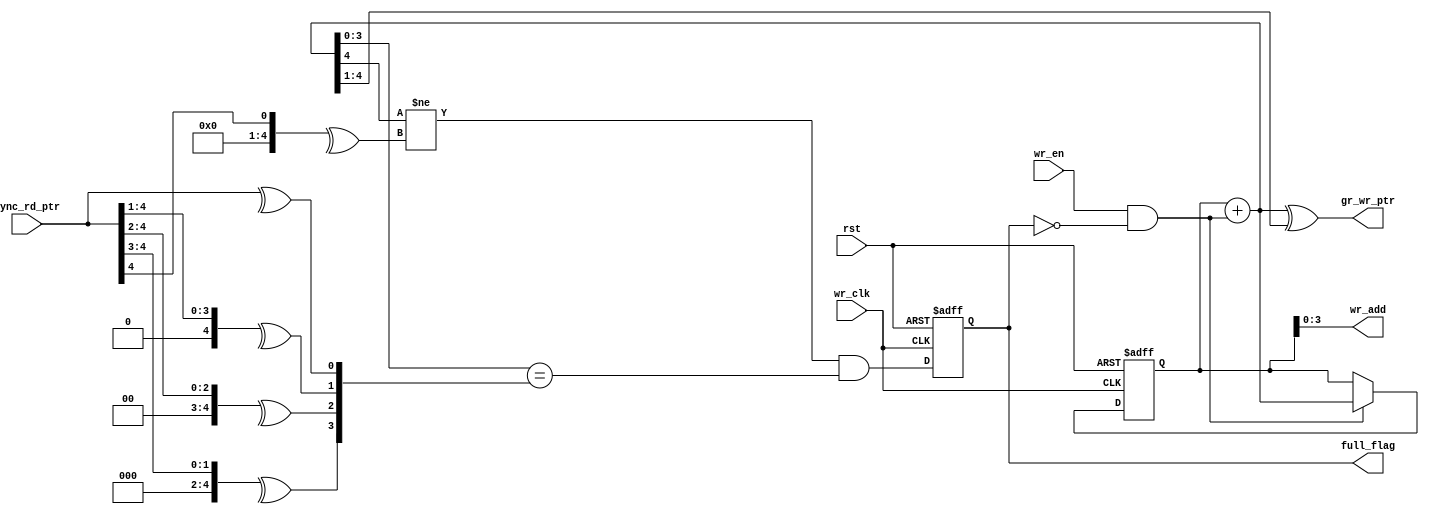
module full_flag_calc #( parameter  ADDR = 4) 
(
    input  wire                 wr_clk      ,
    input  wire                 rst         ,

    input  wire                 wr_en       ,

    input  wire  [ADDR   :0]    sync_rd_ptr ,

    output wire  [ADDR-1 :0]    wr_add      ,
    output wire  [ADDR   :0]    gr_wr_ptr   ,

    output reg                  full_flag   
);

    wire [ADDR :0]    bin_rd_ptr ;

    wire [ADDR+1:0]    wr_add_comb ;

    reg  [ADDR :0]    wr_add_tmp ;

    wire              full       ;

// gray encoding to binary converting

genvar i;
generate
    for(i=0 ; i<ADDR+1 ; i=i+1) begin: gray2bin
        assign bin_rd_ptr[i] = ^(sync_rd_ptr >> i) ;
    end
endgenerate

// increment write pointer at wr_en

assign wr_add_comb = wr_add_tmp + (wr_en && !full_flag) ;

always @(posedge wr_clk or negedge rst) begin
    if(!rst) begin
        wr_add_tmp <= {ADDR{1'b0}} ;
    end
    else if (wr_en && !full_flag) begin
        wr_add_tmp <= wr_add_comb[ADDR :0] ;
    end
end


always @(posedge wr_clk or negedge rst) begin
    if(!rst) begin
        full_flag <= 1'b0 ;
    end
    else begin
        full_flag <= full ;
    end      
end

// binary to gray encoding  converting
assign gr_wr_ptr = wr_add_comb[ADDR :0] ^ (wr_add_comb[ADDR :0] >> 1) ;

// full flag calculation
assign full = (wr_add_comb[ADDR] != bin_rd_ptr[ADDR]) &&(wr_add_comb[ADDR-1:0] == bin_rd_ptr[ADDR-1:0]) ;

// send the write address to the memory without the MSB that is used for full flag only
assign wr_add = wr_add_tmp[ADDR-1:0] ;

endmodule